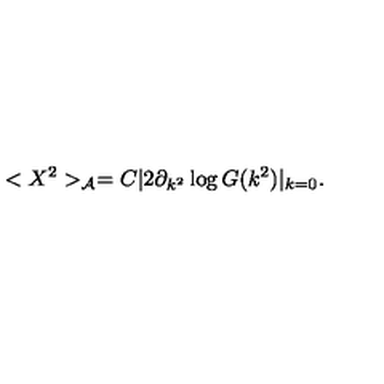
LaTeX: < X ^ { 2 } > _ { \cal { A } } = C | 2 \partial _ { k ^ { 2 } } \log G ( k ^ { 2 } ) | _ { k = 0 } .